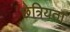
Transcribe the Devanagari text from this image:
छेत्रियता